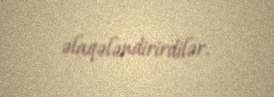
əlaqələndirirdilər.